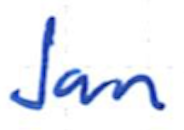
Text: Jan
Cross-out: clean
Writing tool: ballpoint